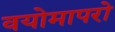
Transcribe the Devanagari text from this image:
वयोमापरो